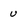
Character: U